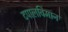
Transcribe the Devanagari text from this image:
टपालविमान